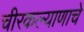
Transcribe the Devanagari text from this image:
चीरकल्याणाचे